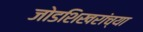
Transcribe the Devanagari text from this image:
जोडशिखरांच्या